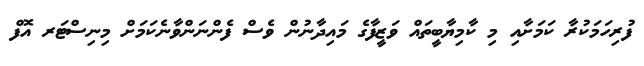
ފުރިހަމަކުރާ ކަމަށާއި މި ކާމިޔާބީތައް ވަޒީފާގެ މައިދާނުން ވެސް ފެންނަންވާނެކަމަށް މިނިސްޓަރ އޮފް